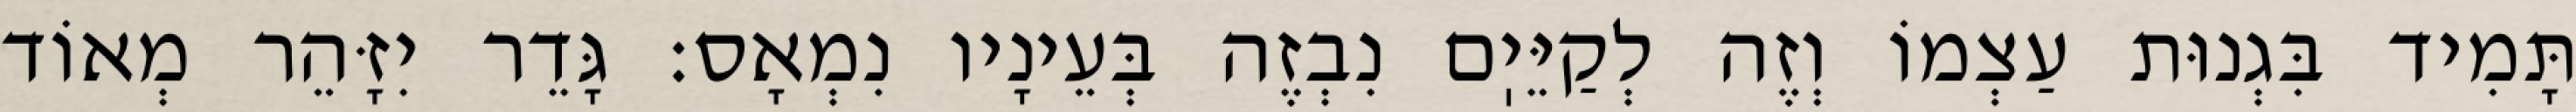
תָּמִיד בִּגְנוּת עַצְמוֹ וְזֶה לְקַיֵּיֽם נִבְזֶה בְּעֵינָיו נִמְאָס: גָּדֵר יִזָּהֵר מְאוֹד